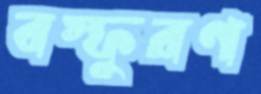
বস্ফুরণ